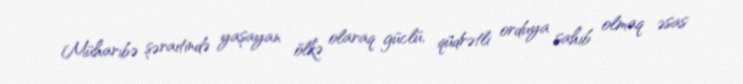
Müharibə şəraitində yaşayan ölkə olaraq güclü, qüdrətli orduya sahib olmaq əsas